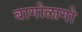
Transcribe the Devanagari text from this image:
बागोलागो